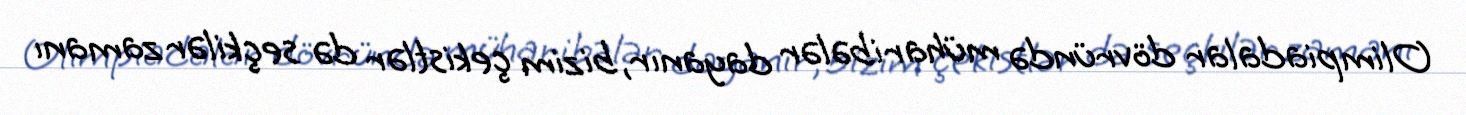
Olimpiadalar dövründə müharibələr dayanır, bizim çekistlər də seçkilər zamanı